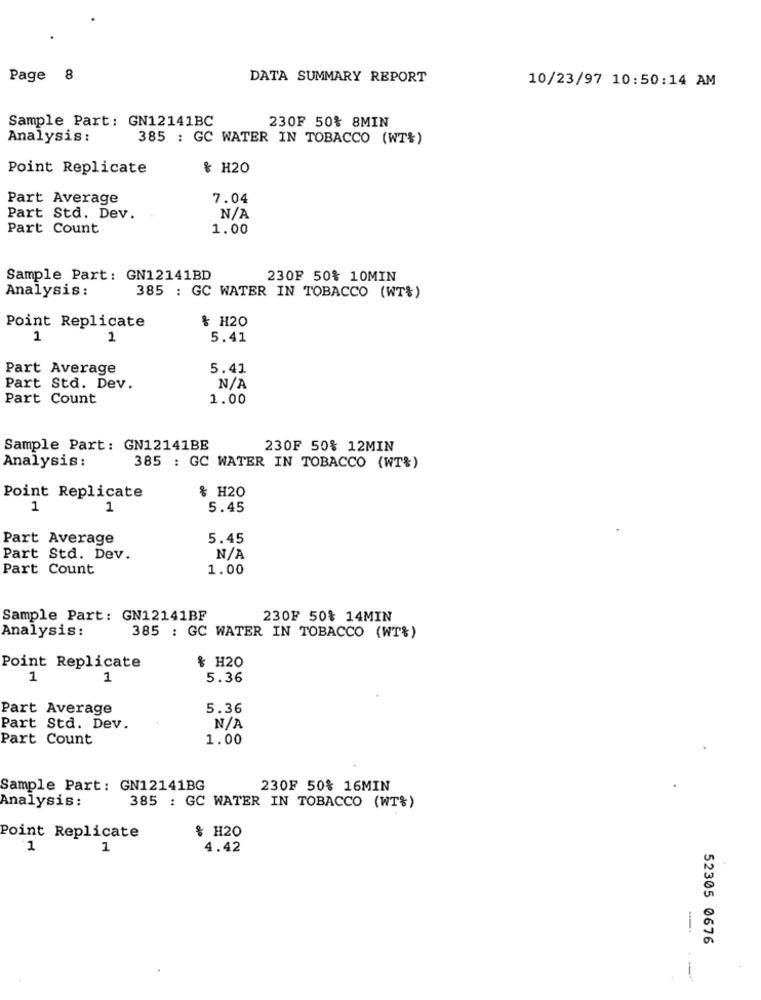
Page 8
DATA SUMMARY REPORT
10/23/97 10:50:14 AM
230F 50% 8MIN
Sample Part: GN12141BC
Analysis:
385 : GC WATER IN TOBACCO (WT%)
Point Replicate
& H20
Part Average
7.04
Part Std. Dev.
Part Count
1.00
Sample Part: GN12141BD
230F 50% 10MIN
Analysis:
385 : GC WATER IN TOBACCO (WT&)
& H20
Point Replicate
1
1
5.41
Part Average
5.41
Part Std. Dev.
Part Count
1.00
Sample Part: GN12141BE
230F 50% 12MIN
Analysis:
385 : GC WATER IN TOBACCO (WT%)
Point Replicate
& H20
1
1
5.45
Part Average
5.45
Part Std. Dev.
Part Count
1.00
Sample Part: GN12141BF
230F 50% 14MIN
Analysis:
385 : GC WATER IN TOBACCO (WT%)
& H20
Point Replicate
1
1
5.36
Part Average
5.36
Part Std. Dev.
Part Count
1.00
Sample Part: GN12141BG
230F 50% 16MIN
Analysis:
385 : GC WATER IN TOBACCO (WT%)
& H20
Point Replicate
1
1
4.42
-.
52305 0676